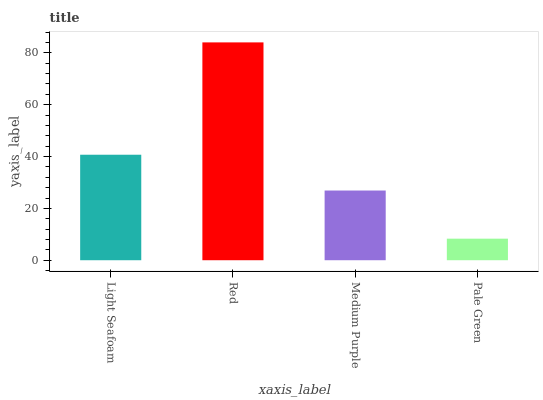
| xaxis_label | bars |
 | --- | --- |
 | Light Seafoam | 40.7 |
 | Red | 84 |
 | Medium Purple | 26.9 |
 | Pale Green | 8.32 |